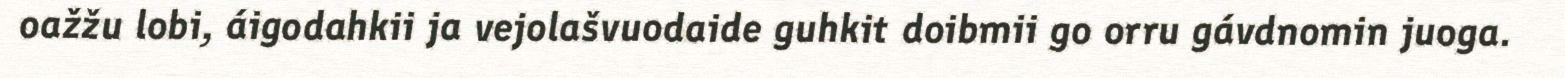
oažžu lobi, áigodahkii ja vejolašvuodaide guhkit doibmii go orru gávdnomin juoga.